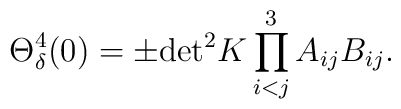
\Theta^4_\delta(0) = \pm {\rm det}^2K \prod_{i<j}^3 A_{ij}B_{ij} .